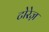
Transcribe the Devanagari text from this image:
टोरेज़